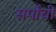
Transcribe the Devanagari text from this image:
सर्पांची